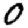
Digit: 0